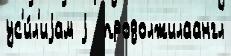
ус'и́л'иjам j  продолжилаангл